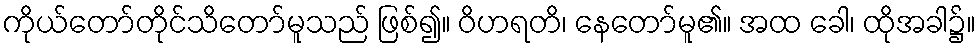
ကိုယ်တော်တိုင်သိတော်မူသည် ဖြစ်၍။ ဝိဟရတိ၊ နေတော်မူ၏။ အထ ခေါ၊ ထိုအခါ၌။